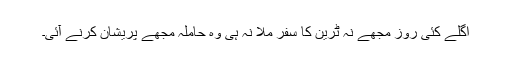
اگلے کئی روز مجھے نہ ٹرین کا سفر ملا نہ ہی وہ حاملہ مجھے پریشان کرنے آئی۔